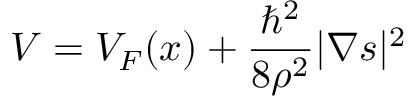
V = V _ { F } ( \boldsymbol { x } ) + \frac { \hbar ^ { 2 } } { 8 \rho ^ { 2 } } | \boldsymbol { \nabla } \boldsymbol { s } | ^ { 2 }